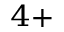
^ { 4 + }